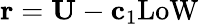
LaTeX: {\mathbf r}={\mathbf U}-{\mathbf c}_{1}\mathrm{LoW}